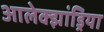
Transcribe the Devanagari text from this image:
आलेक्झांड्रिया